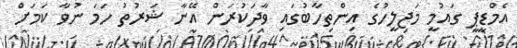
އެމްޑީޕީ ގައުމީ މަޖިލީހުގެ އިންތިހާބުގައި ވާދަކުރަން އޭނާ ޝަރުތު ހަމަ ނުވާ ކަމަށް